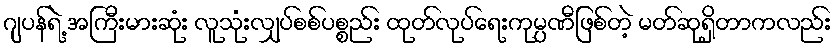
ဂျပန်ရဲ့ အကြီးမားဆုံး လူသုံးလျှပ်စစ်ပစ္စည်း ထုတ်လုပ်ရေးကုမ္ပဏီဖြစ်တဲ့ မတ်ဆုရှိတာကလည်း